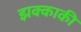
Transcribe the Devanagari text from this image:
झक्काकी